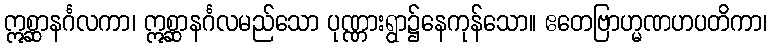
ဣစ္ဆာနင်္ဂလကာ၊ ဣစ္ဆာနင်္ဂလမည်သော ပုဏ္ဏားရွာ၌နေကုန်သော။ ဧတေဗြာဟ္မဏဟပတိကာ၊